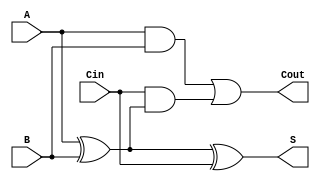
module async_full_adder (
    input wire A,      // First binary input
    input wire B,      // Second binary input
    input wire Cin,    // Carry-in input
    output wire S,     // Sum output
    output wire Cout   // Carry-out output
);

    // Sum calculation using XOR gates
    assign S = A ^ B ^ Cin;

    // Carry-out calculation using AND and OR gates
    assign Cout = (A & B) | (Cin & (A ^ B));

endmodule